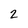
Character: 2